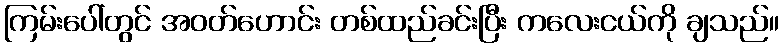
ကြမ်းပေါ်တွင် အဝတ်ဟောင်း တစ်ထည်ခင်းပြီး ကလေးငယ်ကို ချသည်။